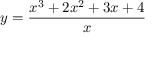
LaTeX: y = { \frac { x ^ { 3 } + 2 x ^ { 2 } + 3 x + 4 } { x } }